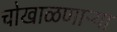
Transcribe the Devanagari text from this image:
चोखाळणाऱ्या